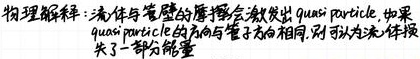
物理解释：流体与管壁的摩擦会激发出quasi - particle，如果quasi - particle的方向与管子方向相同，则可以从流体中提取一部分能量。